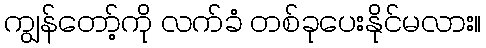
ကျွန်တော့်ကို လက်ခံ တစ်ခုပေးနိုင်မလား။